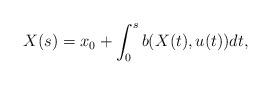
LaTeX: \begin{align*}X(s)=x_0+\int_{0}^{s}b(X(t),u(t))dt,\end{align*}